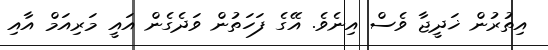
އިތުރުން ޚަދީޖާ ވެސް އިނެވެ. އޭގެ ފަހަތުން ވަދެގެން އައީ މަރިއަމް އާއި